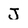
Character: J